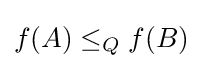
f(A)\leq _{Q}f(B)